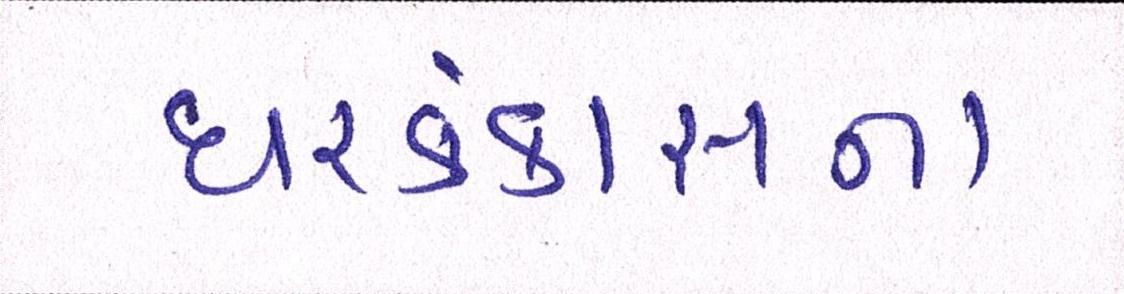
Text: ઘરકંકાસના